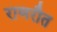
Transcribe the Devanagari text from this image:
राणरौत